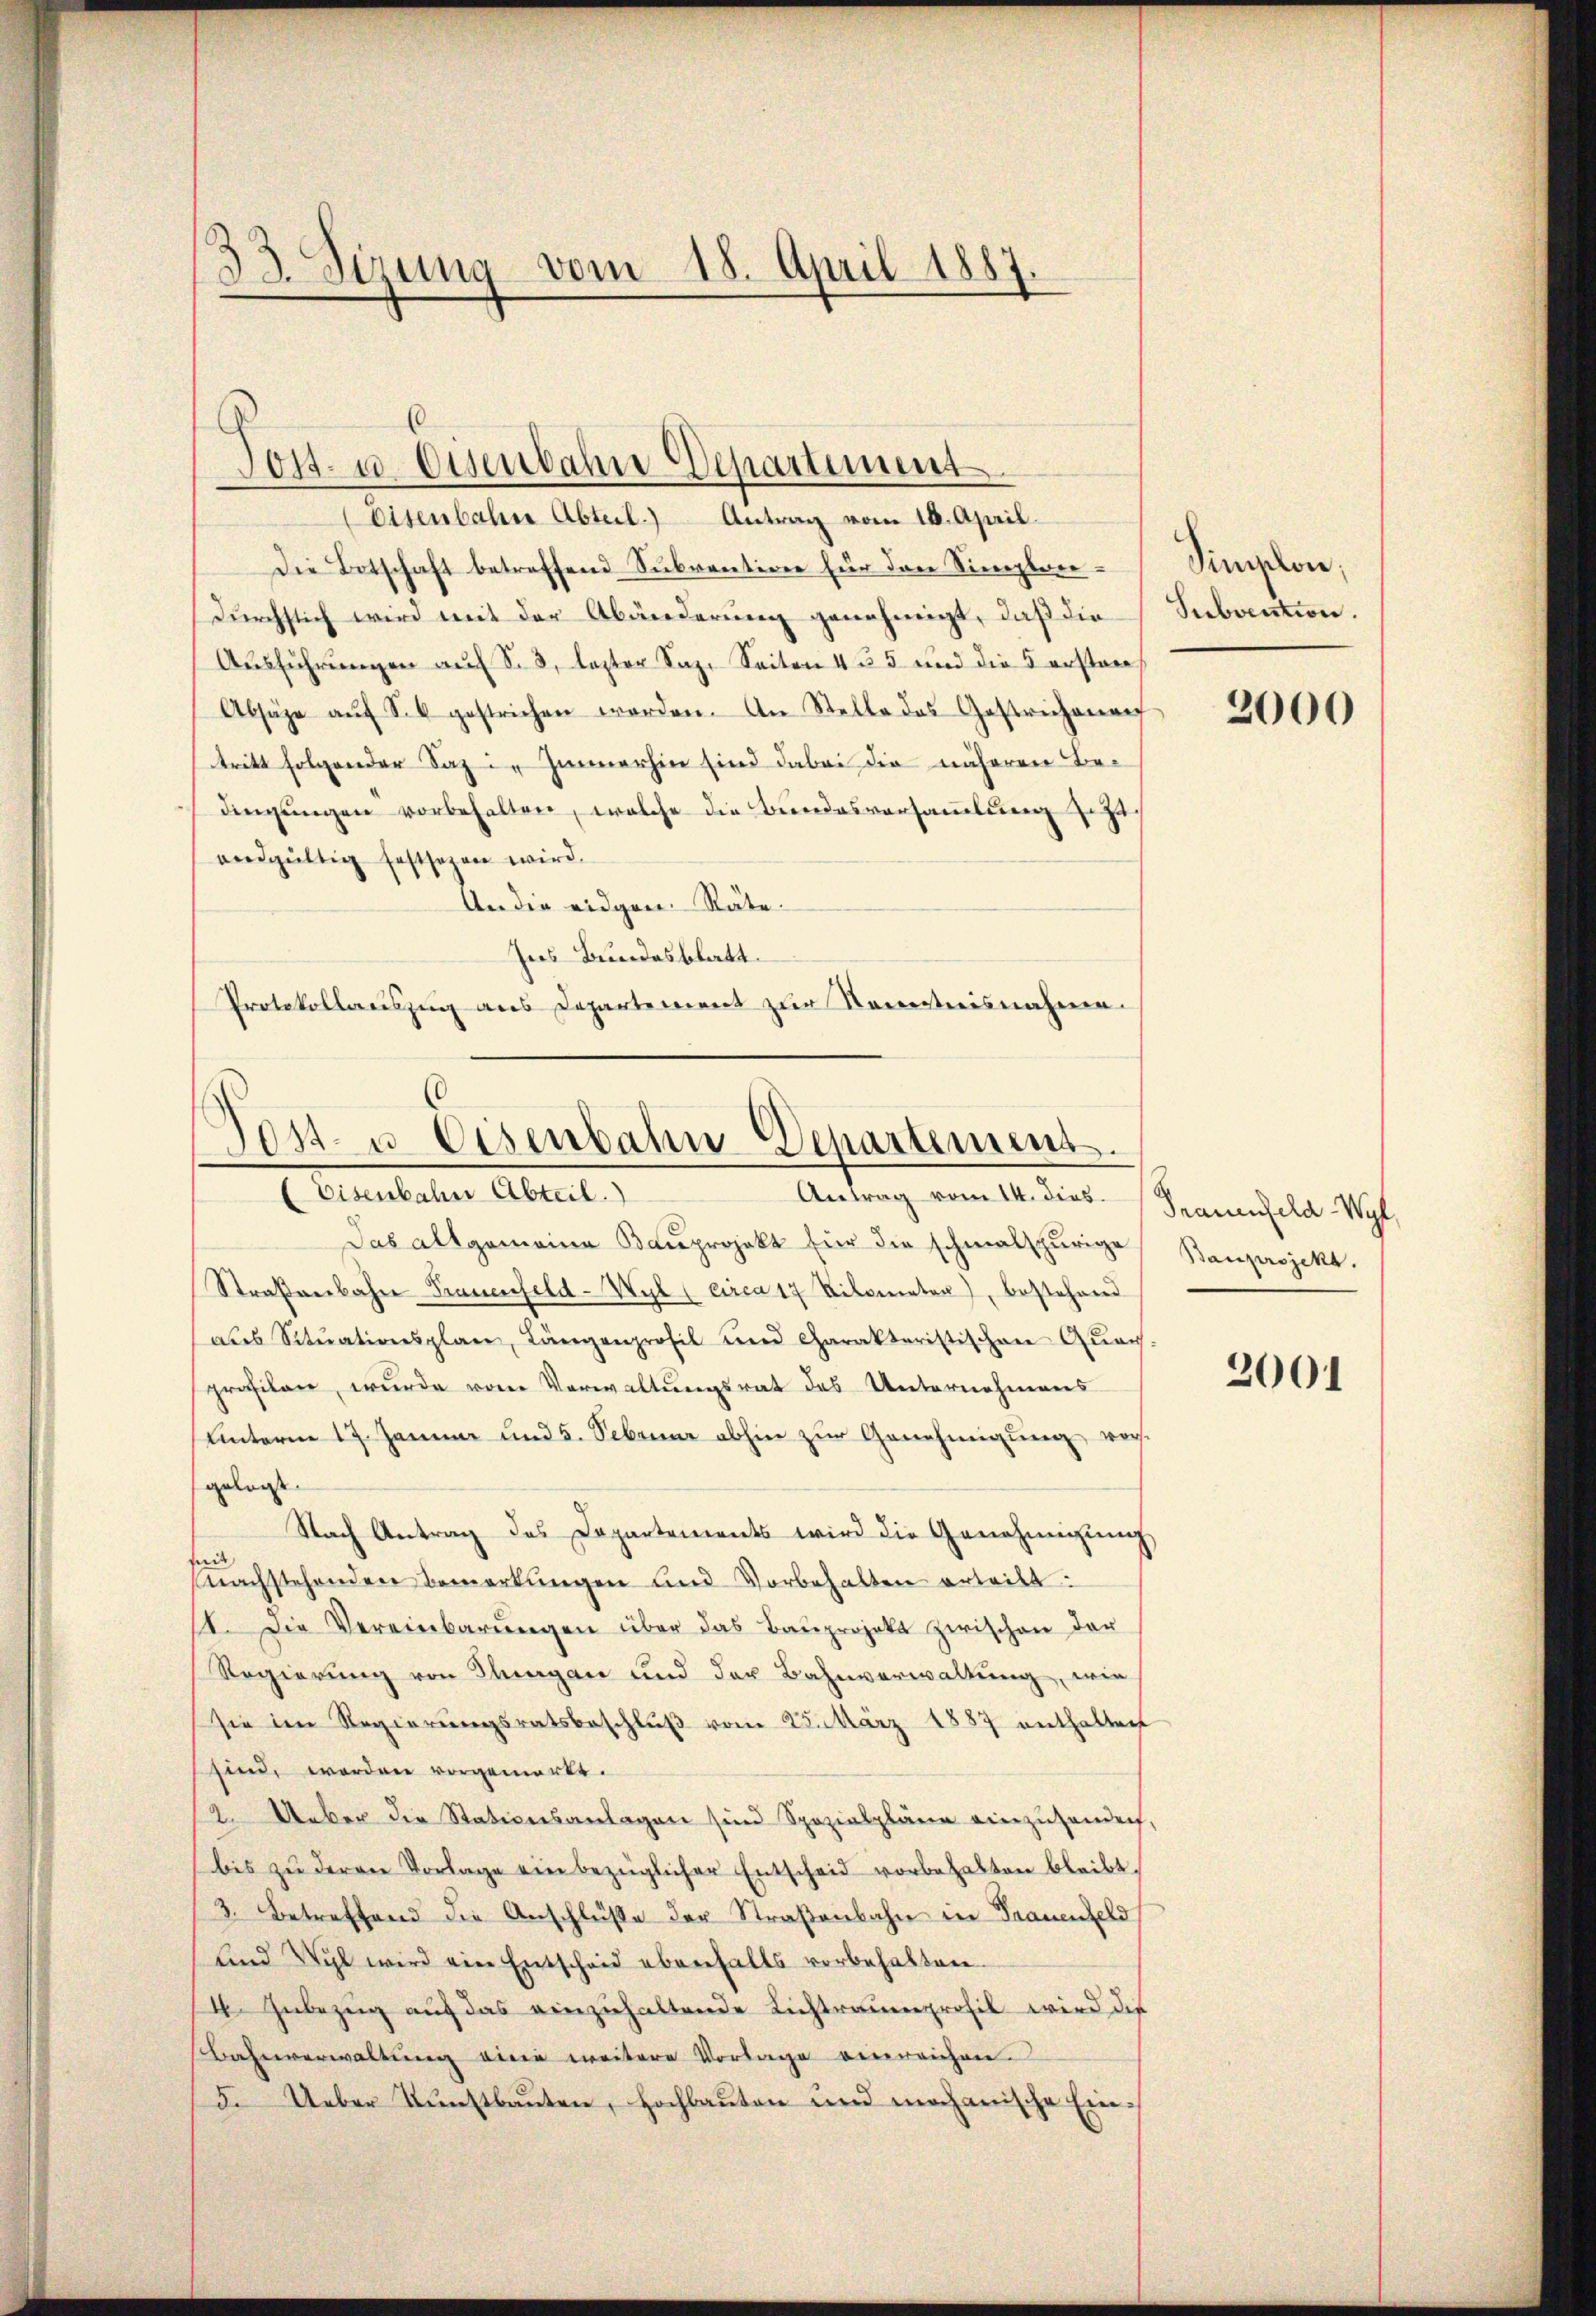
33. Sizung vom 18. April 188
.

Die Botschaft betreffend Subvention für dere Sineplan¬
Durchstich wird mit der Abänderung genehmigt, daß die
Ausführungen auf S. 3, lezter Saz. Seiten 4 § 5 und die 5 erstan¬
Absäge aŭf So gestrichen worden. An Stelle das Gestrichenauf
tritt folgender Saz in Immerhin sind dabei die näheren Bedingungen vorbehalten, welche die Bundesversammlung sicht
endgültig festsezen wird.
An die eidgen. Räte¬
Ins Bundesblatt.
Protokollauszug aus Departement zur Sonstreisnahme.

Post- u. Eisenbahne Departement
eisenbahne Abteil.) Antrag vom 16. April.

Post- u. Eisenbahn-Departement.
(Eisenbahn Abteil.
Antrag vom 14. dies

Das allgemeine Baŭprojekt für die schmalspurige
Straßenbahn Frauenfeld-Wyl (circa 17 Kilometer), bestehend
ales Sitŭationsplan, Längenprofil und Charakteristischen Qŭar
profilen, wurde vom Verwaltungsrat des Unternehmens
uinterm 17. Januar und 5. Sebruar abhin zur Genehmigung, vorgelegt. |
Nach Antrag des Dapartements wird die Genehmigŭng
sit
nachstehenden Bemerkŭngen und Vorbehalten erteilt:
11. Die Vereinbarŭngen über das Baŭprojekt zwischen der
Regierung von Thurgau und der Bahnverwaltung, wie
sie im Regierŭngsratsbeschlŭβ vom 25. März 1887 enthalten
sind, worden vorgemerkt.
12. Ueber die Stationsanlagen sind Spezialpläne einzusenden,
bis zŭ deren Vorlage ein bezüglicher Entscheid vorbehalten bleibt.
3. Betreffend die Anschlüße der Straßenbahn in Frauenfeld
und Wyl wird ein Entscheid ebenfalls vorbehalten.
4. Zŭbezŭg aŭf das einzŭhaltende Lichtrauenprofil wird die
Bahnverwaltŭng ein weitere Vorlage einreichen.
5. Ueber Kunstbauten, Hochbauten und mochanische Ein¬

Simplon,
Subvention.

2000

Trauenfeld Wyl
Bauprojekt.

2001